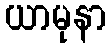
ယာမုနာ